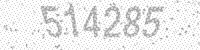
Solution: 514285